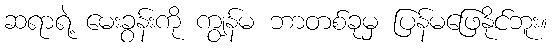
ဆရာရဲ့ မေးခွန်းကို ကျွန်မ ဘာတစ်ခုမှ ပြန်မဖြေနိုင်ဘူး။